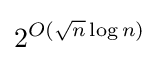
2^{O({\sqrt {n}}\log n)}